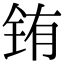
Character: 铕